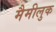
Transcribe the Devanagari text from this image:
मैमीलुक